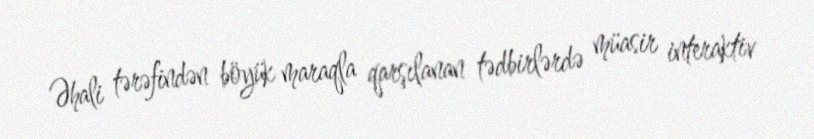
Əhali tərəfindən böyük maraqla qarşılanan tədbirlərdə müasir interaktiv